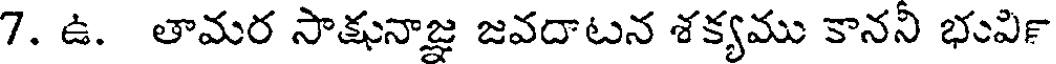
7. ఉ. తామర సాక్షునాజ్ఞ జవదాటన శక్యము కానని భువి౯